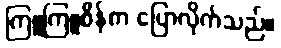
ကြူကြူစိန်က ပြောလိုက်သည်။